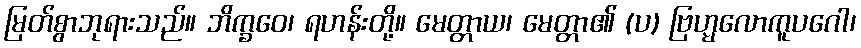
မြတ်စွာဘုရားသည်။ ဘိက္ခဝေ၊ ရဟန်းတို့။ မေတ္တာယ၊ မေတ္တာ၏ (ပ) ဗြဟ္မလောကူပဂေါ၊